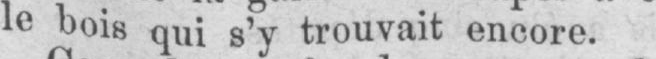
le bois qui s’y trouvait encore.